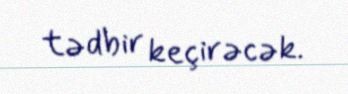
tədbir keçirəcək.